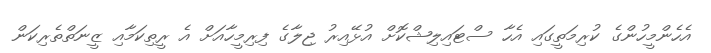
އެހެންމީހުންގެ ކުރިމަތީގައި އެހާ ސްޓައިލިޝްކޮށް އުޅޭއިރު ޖިލާގެ ފިރިމީހާއަށް އެ ރީތިކަމާއި ޒީނަތްތެރިކަން